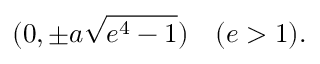
( 0 , \pm a { \sqrt { e ^ { 4 } - 1 } } ) \quad ( e > 1 ) .